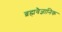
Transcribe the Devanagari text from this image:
ब्रह्मवैज्ञानिक